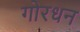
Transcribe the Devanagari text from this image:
गोरधन